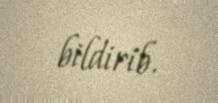
bildirib.